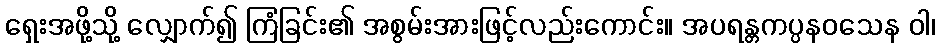
ရှေးအဖို့သို့ လျှောက်၍ ကြံခြင်း၏ အစွမ်းအားဖြင့်လည်းကောင်း။ အပရန္တကပ္ပနဝသေန ဝါ၊